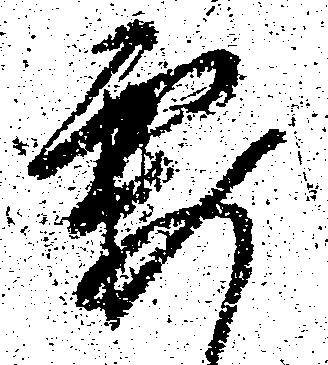
要